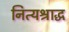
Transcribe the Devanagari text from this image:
नित्यश्राद्ध